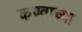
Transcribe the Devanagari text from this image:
कण्वाच्या